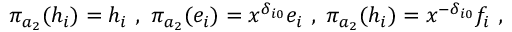
\pi _ { a _ { 2 } } ( h _ { i } ) = h _ { i } \ , \ \pi _ { a _ { 2 } } ( e _ { i } ) = x ^ { \delta _ { i 0 } } e _ { i } \ , \ \pi _ { a _ { 2 } } ( h _ { i } ) = x ^ { - \delta _ { i 0 } } f _ { i } \ ,